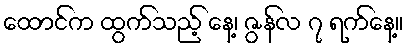
ထောင်က ထွက်သည့် နေ့၊ ဇွန်လ ၇ ရက်နေ့။